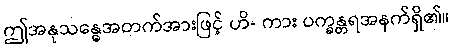
ဤအနုသန္ဓေအတက်အားဖြင့် ဟိ- ကား ပက္ခန္တရအနက်ရှိ၏။